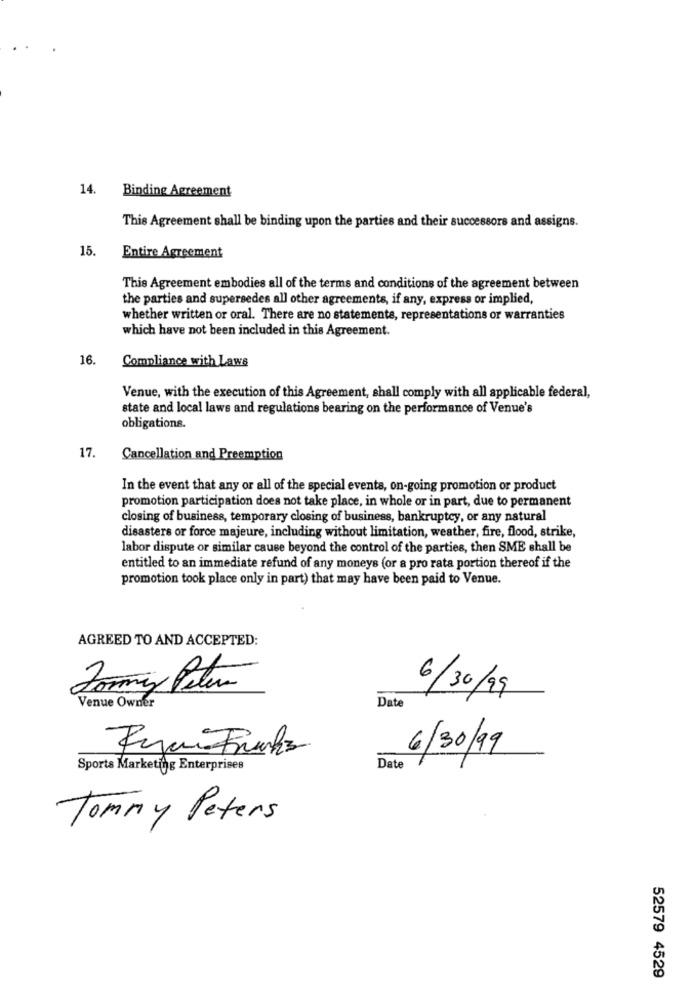
14. Binding Agreement
This Agreement shall be binding upon the parties and their successors and assigns.
15.
Entire Agreement
This Agreement embodies all of the terms and conditions of the agreement between
the parties and supersedes all other agreements, if any, express or implied,
whether written or oral. There are no statements, representations or warranties
which have not been included in this Agreement.
16.
Compliance with Laws
Venue, with the execution of this Agreement, shall comply with all applicable federal,
state and local laws and regulations bearing on the performance of Venue's
obligations.
17.
Cancellation and Preemption
In the event that any or all of the special events, on-going promotion or product
promotion participation does not take place, in whole or in part, due to permanent
closing of business, temporary closing of business, bankruptcy, or any natural
disasters or force majeure, including without limitation, weather, fire, flood, strike,
labor dispute or similar cause beyond the control of the parties, then SME shall be
entitled to an immediate refund of any moneys (or a pro rata portion thereof if the
promotion took place only in part) that may have been paid to Venue.
AGREED TO AND ACCEPTED:
6/30/99
Date
Venue Owner
Ryan Franks
6/30/99
Sports Marketing Enterprises
Date
Tommy Peters
52579 4529